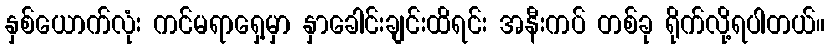
နှစ်ယောက်လုံး ကင်မရာရှေ့မှာ နှာခေါင်းချင်းထိရင်း အနီးကပ် တစ်ခု ရိုက်လို့ရပါတယ်။